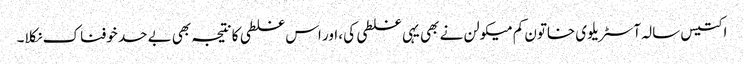
اکتیس سالہ آسٹریلوی خاتون کم میکولن نے بھی یہی غلطی کی، اور اس غلطی کا نتیجہ بھی بے حد خوفناک نکلا۔